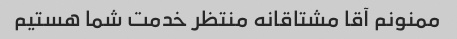
ممنونم آقا مشتاقانه منتظر خدمت شما هستیم